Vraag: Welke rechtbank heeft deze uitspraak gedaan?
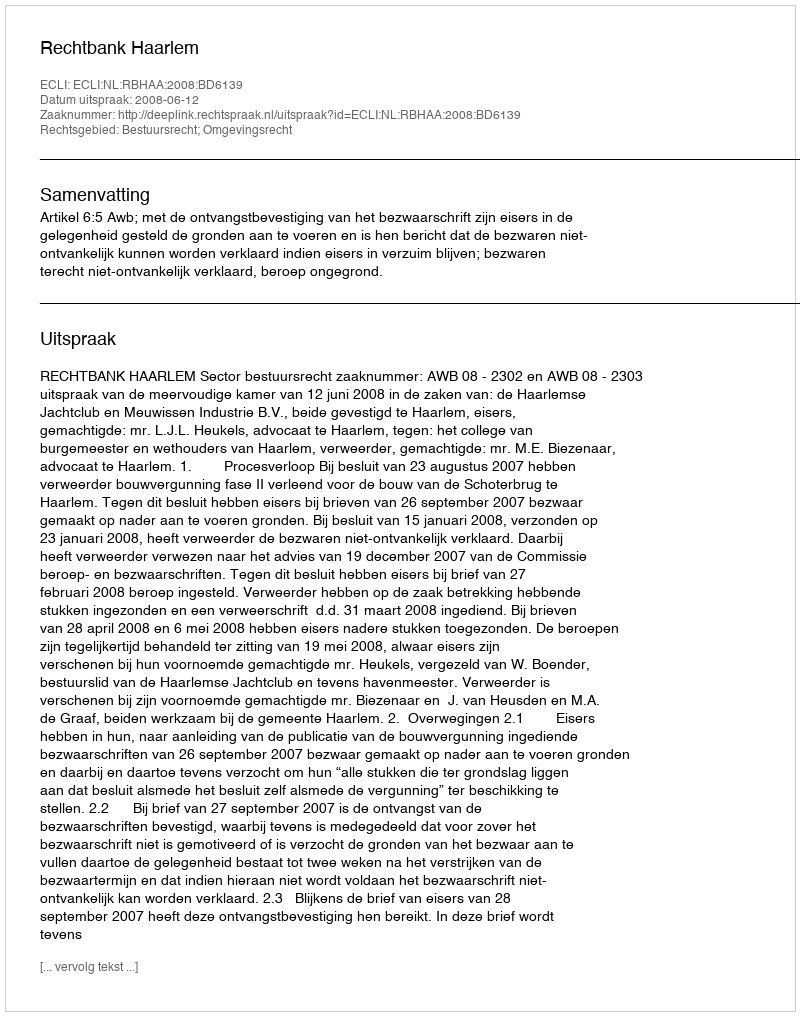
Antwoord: Rechtbank Haarlem